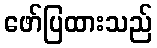
ဖော်ပြထားသည်